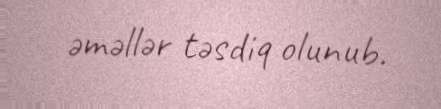
əməllər təsdiq olunub.